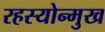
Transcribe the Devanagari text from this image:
रहस्योन्मुख